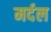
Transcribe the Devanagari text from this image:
मर्दल